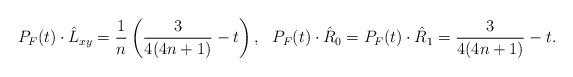
LaTeX: \begin{align*} P_F(t)\cdot\hat{L}_{xy}=\frac{1}{n}\left(\frac{3}{4(4n+1)}-t\right),\ \ P_F(t)\cdot\hat{R}_0=P_F(t)\cdot\hat{R}_1=\frac{3}{4(4n+1)}-t.\end{align*}